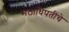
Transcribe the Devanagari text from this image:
मठाधिपतींचे